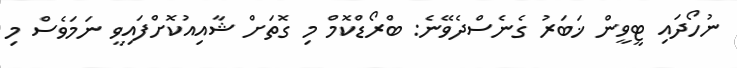
ނުހޯދައި ޓީވީން ޚަބަރު ގެނެސްދެވޭނެ: ބްރޯޑްކޮމް މި ގޮތަށް ޝާއިއުކޮށްފައިވީ ނަމަވެސް މި